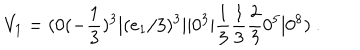
V _ { 1 } = ( 0 ( - { \frac { 1 } { 3 } } ) ^ { 3 } \vert ( e _ { 1 } / 3 ) ^ { 3 } \vert \vert 0 ^ { 3 } \vert { \frac { 1 } { 3 } } { \frac { 1 } { 3 } } { \frac { 2 } { 3 } } 0 ^ { 5 } \vert 0 ^ { 8 } ) ~ .